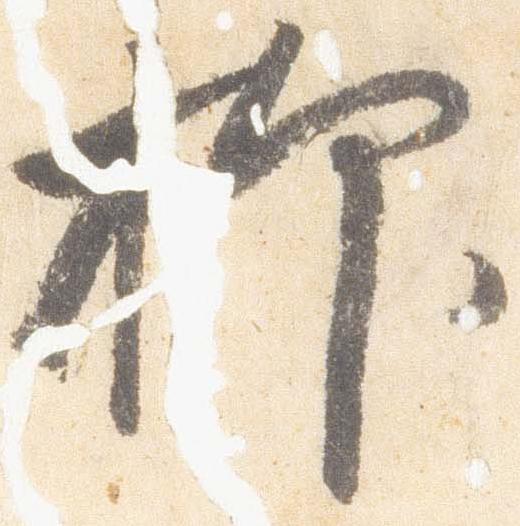
抑